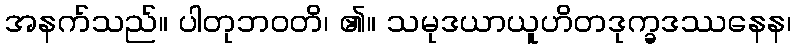
အနက်သည်။ ပါတုဘဝတိ၊ ၏။ သမုဒယာယူဟိတဒုက္ခဒဿနေန၊